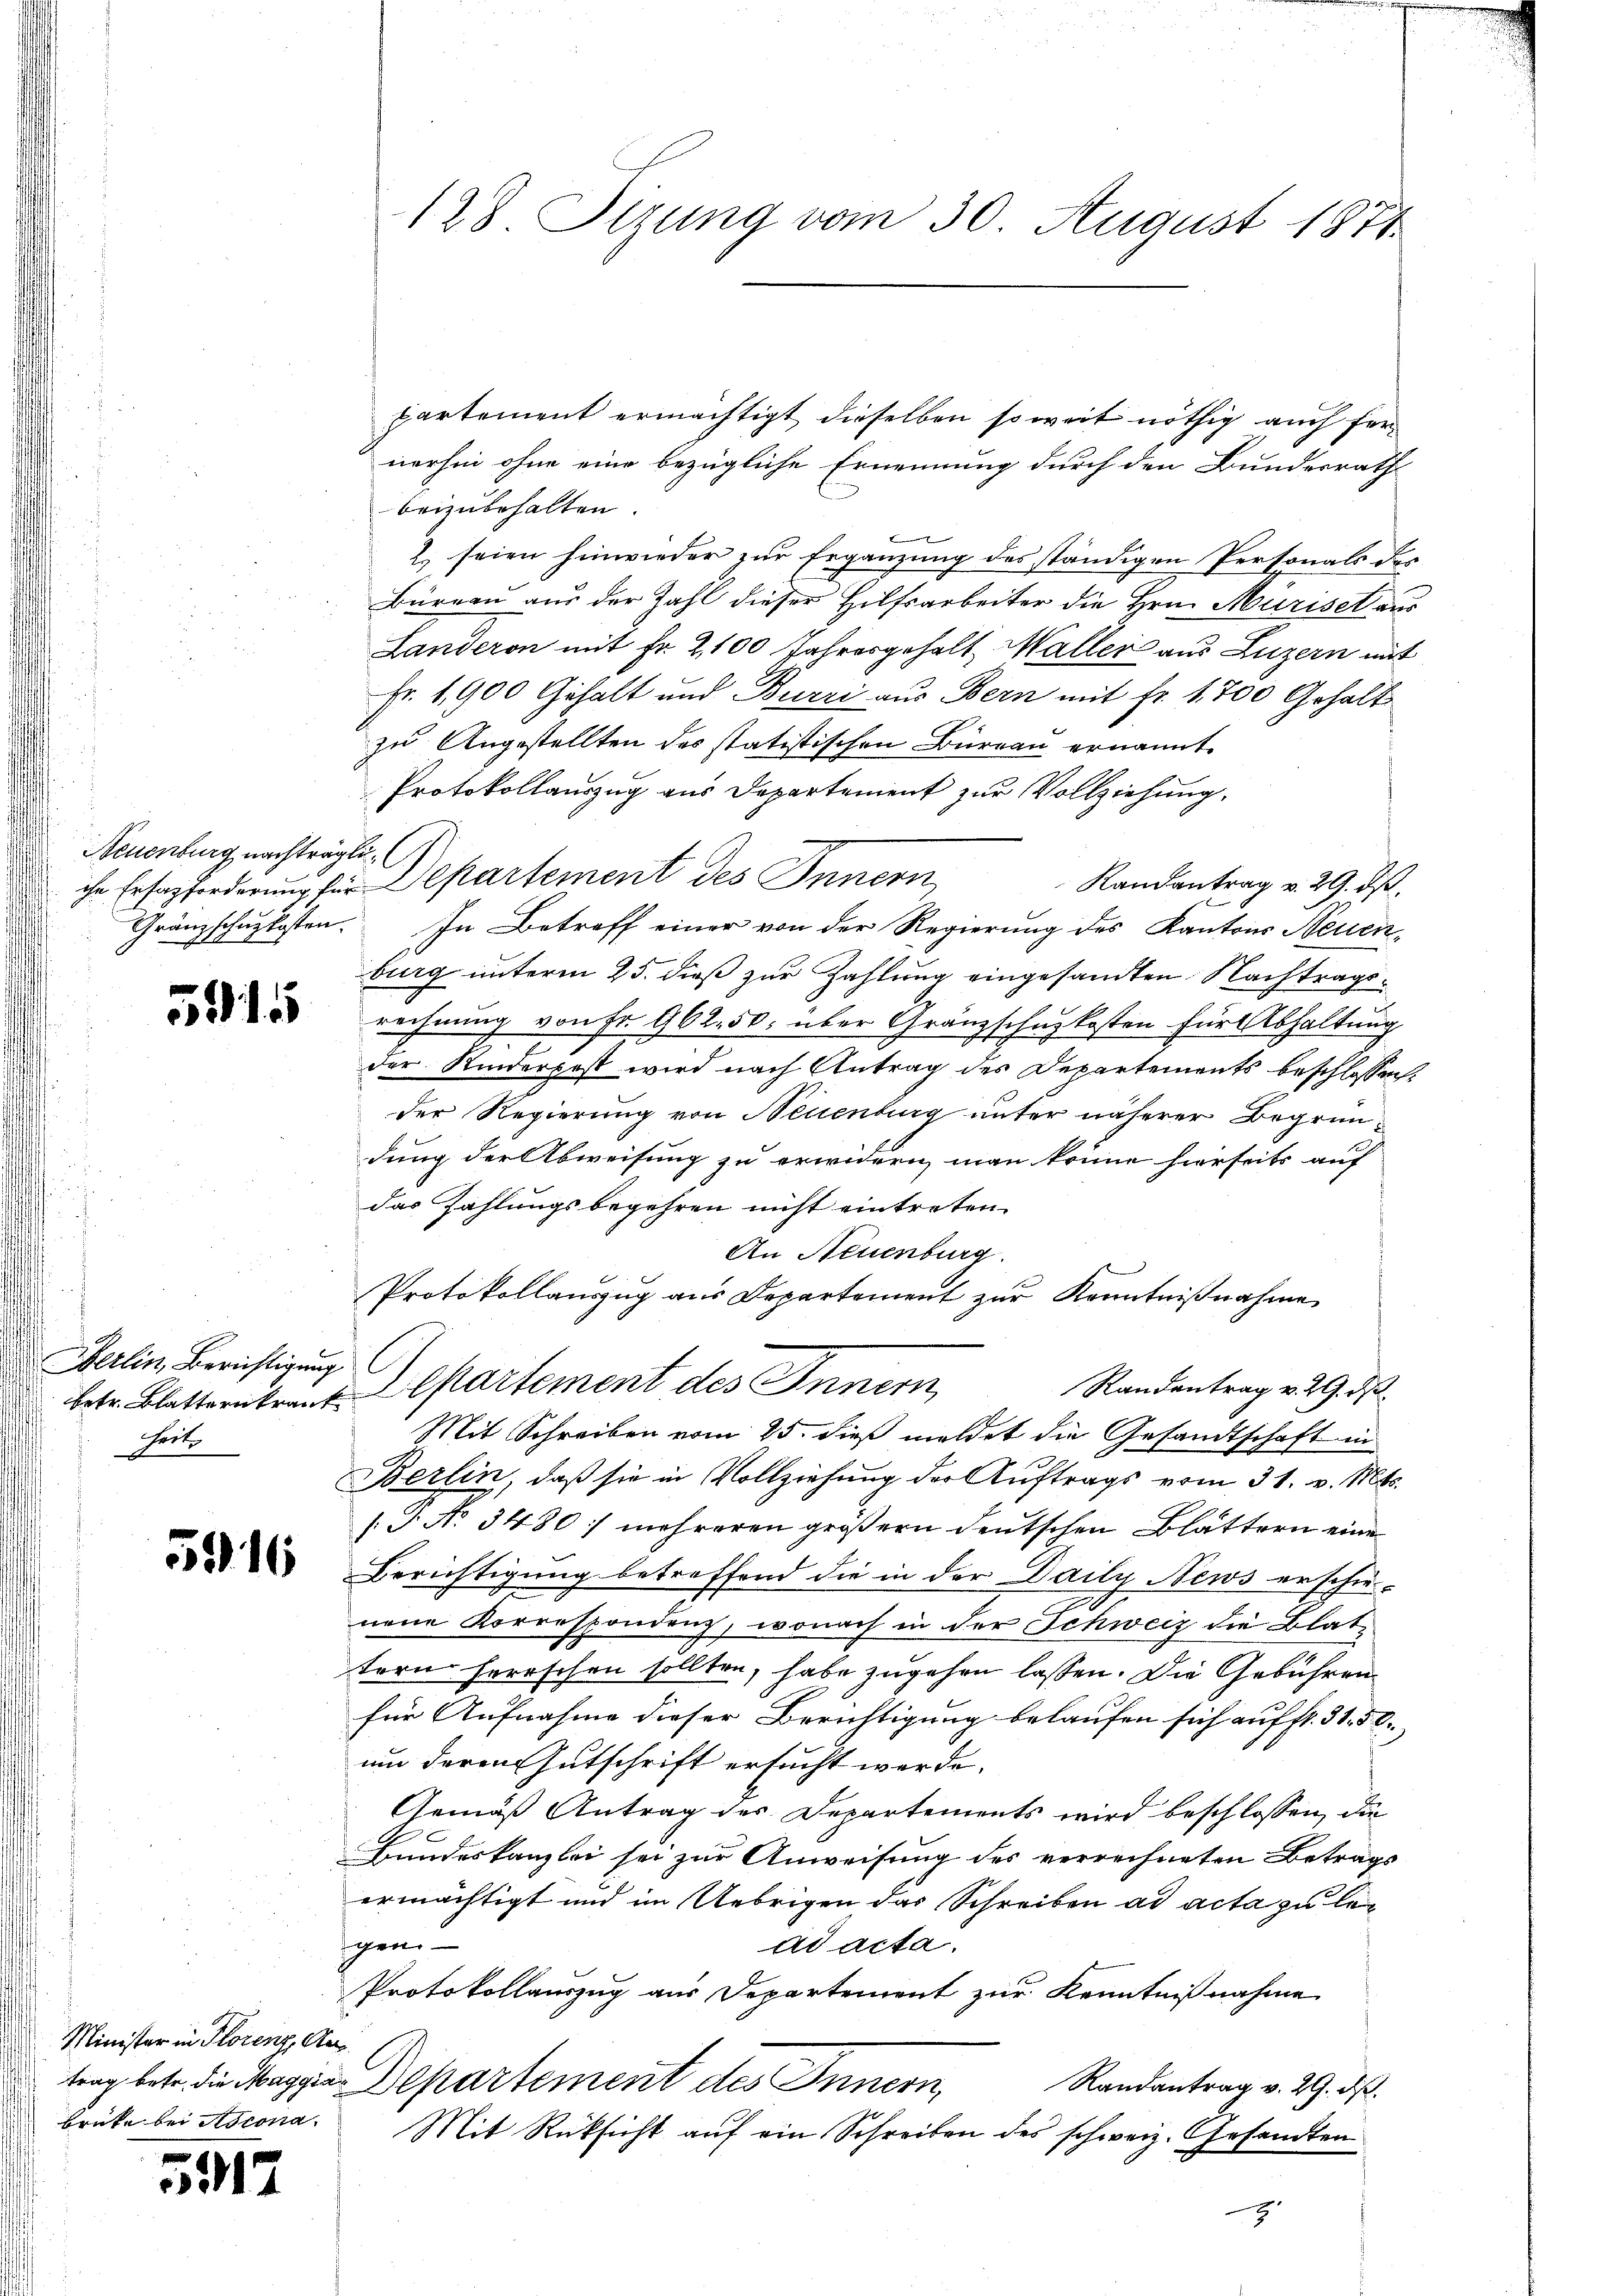
Neuenburg nachträglic

Gerlin, Berichtigung
heit

5916

Minister in Florenz, An
Brüke bei Ascona

531

partement ermächtigt dieselben so weit nöthig auch fer
nerhin ohne eine bezügliche Ernennung durch den Bundesrath
beizubehalten
2. seien hinwieder zur Ergänzung des ständigen Personals des
Büreau aus der Zahl dieser Hilfsarbeiter die Hrn. Muriset aus
Landeron mit Fr. 2100 Jahresgehalt Maller aus Luzern mit
Fr. 1900 Gehalt und Burri aus Bern mit Fr. 1700 Gehalt
zu Angestellten des statistischen Büreau ernannt.
Protokollauszug aus Departement zur Vollziehung.
ihr Erfasforderung für Separtement des Innern
Randantrag v. 29. ds.
Gränzschuzkosten. In Betreff einer von der Regierung des Kantons Neuenburg unterm 25. dieß zur Zahlung eingesandten Nachtrags¬
3 rechnŭng von Fr. 962. 50. über Gränzschus kosten für Abhaltung
7
der Kinderpost wird nach Antrag des Departements beschlossen:
der Regierung von Neuenburg unter näherer Begründung der Abweisung zu erwidern man könne hierseits auf
das Zahlungsbegehren nicht eintreten.
An Neuenburg.
Protokollauszug aus Departement zur Kenntnißnahme
Randentrag v. 29. ds.
betr. Blatternkraut partement des Inner
Mit Schreiben vom 25. dieß meldet die Gesandtschaft in
Berlin, daß sie in Vollziehung der Auftrags vom 31. v. Mts.
[T No 3480 mehreren größern deutschen Blättern eine
Berichtigung betreffend die in der Daily News erschie-
nene Korrespondenz, wonach in der Schweiz die Blattern herrschen sollten, habe zugehen lassen. Die Gebühren
für Aufnahme dieser Berichtigung belaufen sich auf fr. 31. 50.
um deren Gutschrift ersucht werde.
Gemäß Antrag des Departements wird beschlossen, die
Bandeskanzlei sei zur Anweisung des verrechneten Betrags
ermächtigt und im Uebrigen das Schreiben ad acta zu le¬
Igen
ad acta.
Protokollauszug aus Departement zur Kenntnißnahme
trag betr. die Maggia Departement des Innern,
Randantrag v. 29. ds.
Mit Rücksicht auf ein Schreiben des schweiz. Gesandten
2

128 Sizung vom 30. August 1871